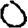
Digit: 0